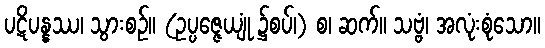
ပဋိပန္နဿ၊ သွားစဉ်။ (ဥပ္ပဇ္ဇေယျုံ ၌စပ်၊) စ၊ ဆက်။ သဗ္ဗံ၊ အလုံးစုံသော။